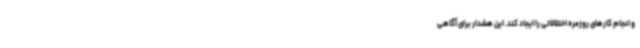
و انجام کارهای روزمره اختلالاتی را ایجاد کند. این هشدار برای آگاهی